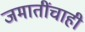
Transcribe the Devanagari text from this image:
जमातींचाही